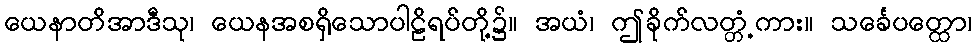
ယေနာတိအာဒီသု၊ ယေနအစရှိသောပါဠိရပ်တို့၌။ အယံ၊ ဤခိုက်လတ္တံ့ကား။ သင်္ခေပတ္ထော၊